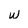
Character: w